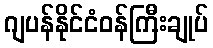
ဂျပန်နိုင်ငံဝန်ကြီးချုပ်